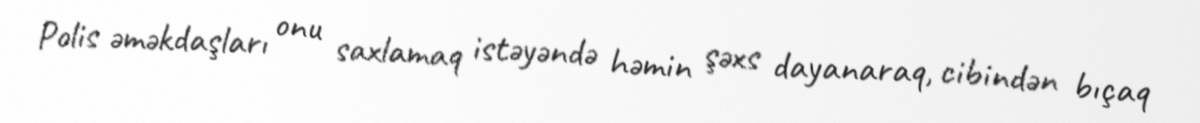
Polis əməkdaşları onu saxlamaq istəyəndə həmin şəxs dayanaraq, cibindən bıçaq